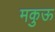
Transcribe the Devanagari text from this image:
मकुऊ